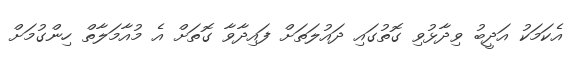
އެކަމަކު އަދީބު ވިދާޅުވި ގޮތުގައި ދައުލަތަށް ފައިދާވާ ގޮތަށް އެ މުއާމަލާތް ހިންގުމަށް